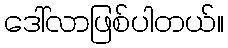
ဒေါ်လာဖြစ်ပါတယ်။